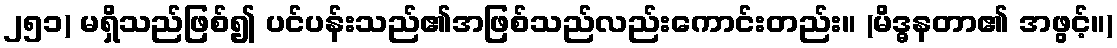
၂၅၁) မရှိသည်ဖြစ်၍ ပင်ပန်းသည်၏အဖြစ်သည်လည်းကောင်းတည်း။ (မိဒ္ဓနတာ၏ အဖွင့်။)